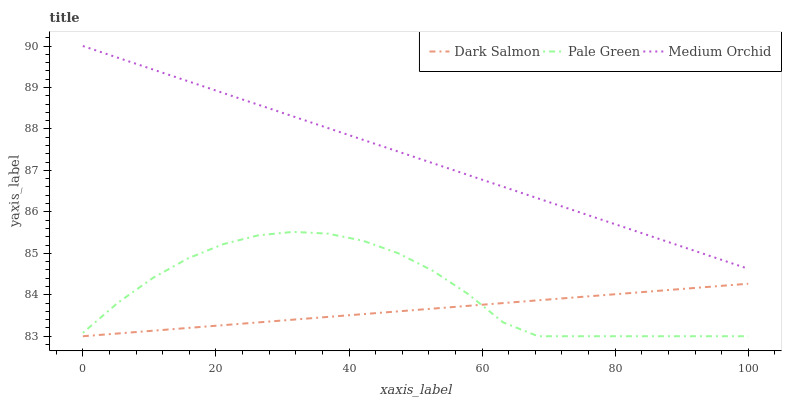
| xaxis_label | Dark Salmon | Pale Green | Medium Orchid |
 | --- | --- | --- | --- |
 | 0 | 83 | 83.1 | 90 |
 | 5.26 | 83.1 | 83.8 | 89.7 |
 | 10.5 | 83.1 | 84.4 | 89.4 |
 | 15.8 | 83.2 | 84.9 | 89.2 |
 | 21.1 | 83.3 | 85.2 | 88.9 |
 | 26.3 | 83.3 | 85.4 | 88.6 |
 | 31.6 | 83.4 | 85.5 | 88.3 |
 | 36.8 | 83.5 | 85.5 | 88 |
 | 42.1 | 83.5 | 85.3 | 87.7 |
 | 47.4 | 83.6 | 85 | 87.5 |
 | 52.6 | 83.7 | 84.6 | 87.2 |
 | 57.9 | 83.7 | 84 | 86.9 |
 | 63.2 | 83.8 | 83.3 | 86.6 |
 | 68.4 | 83.9 | 83 | 86.3 |
 | 73.7 | 83.9 | 83 | 86 |
 | 78.9 | 84 | 83 | 85.8 |
 | 84.2 | 84.1 | 83 | 85.5 |
 | 89.5 | 84.1 | 83 | 85.2 |
 | 94.7 | 84.2 | 83 | 84.9 |
 | 100 | 84.3 | 83 | 84.6 |